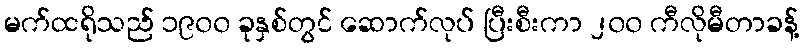
မက်ထရိုသည် ၁၉၀၀ ခုနှစ်တွင် ဆောက်လုပ် ပြီးစီးကာ ၂၀၀ ကီလိုမီတာခန့်